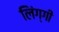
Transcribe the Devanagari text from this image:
लिंग्गी